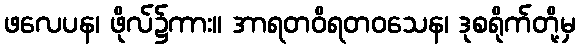
ဖလေပန၊ ဖိုလ်၌ကား။ အာရတဝိရတဝသေန၊ ဒုစရိုက်တို့မှ